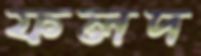
ফলদ